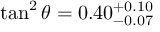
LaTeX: \tan ^ { 2 } \theta = 0 . 4 0 _ { - 0 . 0 7 } ^ { + 0 . 1 0 }